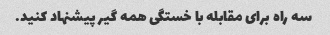
سه راه برای مقابله با خستگی همه گیر پیشنهاد کنید.